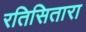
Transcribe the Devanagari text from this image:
रतिसितारा